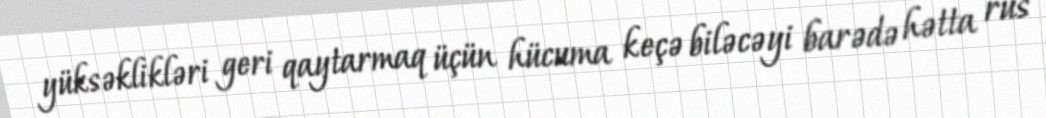
yüksəklikləri geri qaytarmaq üçün hücuma keçə biləcəyi barədə hətta rus